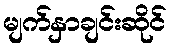
မျက်နှာချင်းဆိုင်